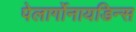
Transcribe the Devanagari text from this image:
पेलार्गोनायडिन्स